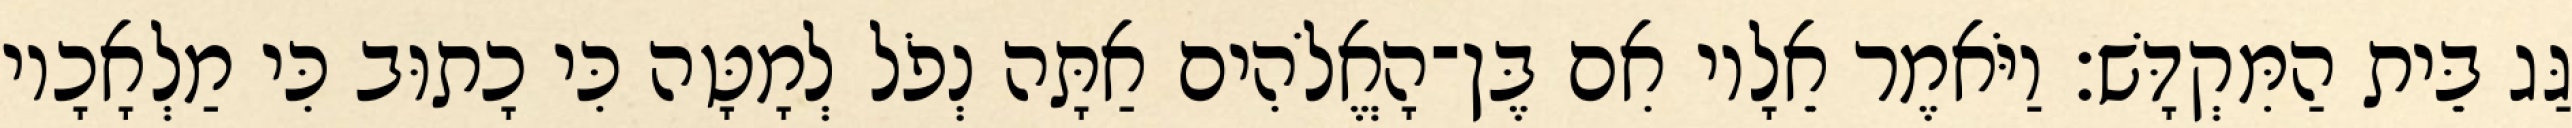
גַּג בֵּית הַמִּקְדָּשׁ׃ וַיֹּאמֶר אֵלָיו אִם בֶּן־הָאֱלֹהִים אַתָּה נְפֹל לְמָטָּה כִּי כָתוּב כִּי מַלְאָכָיו